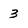
Character: 3